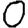
Digit: 0